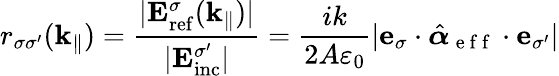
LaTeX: r_{\sigma\sigma^{\prime}}(\mathbf{k}_{\| })=\frac{|\mathbf{E}_{\mathrm{ref}}^{\sigma}(\mathbf{k}_{\| })|}{|\mathbf{E}_{\mathrm{inc}}^{\sigma^{\prime}}|}=\frac{ik}{2A\varepsilon_{0}}|\mathbf{e}_{\sigma}\cdot\hat{\boldsymbol{\alpha}}_{\mathrm{~e~f~f~}}\cdot\mathbf{e}_{\sigma^{\prime}}|